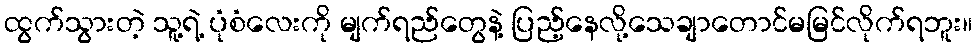
ထွက်သွားတဲ့ သူ့ရဲ့ ပုံစံလေးကို မျက်ရည်တွေနဲ့ ပြည့်နေလို့သေချာတောင်မမြင်လိုက်ရဘူး။